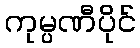
ကုမ္ပဏီပိုင်